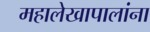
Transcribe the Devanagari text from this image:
महालेखापालांना